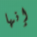
إنها